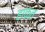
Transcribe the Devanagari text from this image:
हाकत